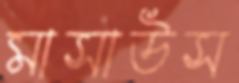
মাসাউস